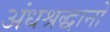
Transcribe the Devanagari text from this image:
अंधश्रद्धानो